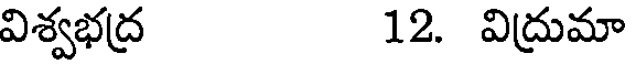
విశ్వభద్ర 12. విద్రుమా